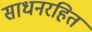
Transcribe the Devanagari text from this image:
साधनरहित